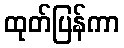
ထုတ်ပြန်ကာ